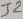
Text: J2